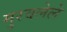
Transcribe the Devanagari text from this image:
मुरवलेले